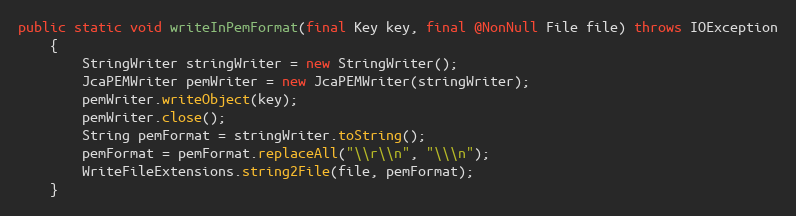
Language: Java
public static void writeInPemFormat(final Key key, final @NonNull File file) throws IOException
	{
		StringWriter stringWriter = new StringWriter();
		JcaPEMWriter pemWriter = new JcaPEMWriter(stringWriter);
		pemWriter.writeObject(key);
		pemWriter.close();
		String pemFormat = stringWriter.toString();
		pemFormat = pemFormat.replaceAll("\\r\\n", "\\\n");
		WriteFileExtensions.string2File(file, pemFormat);
	}